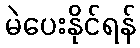
မဲပေးနိုင်ရန်